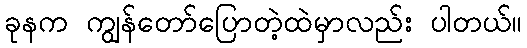
ခုနက ကျွန်တော်ပြောတဲ့ထဲမှာလည်း ပါတယ်။